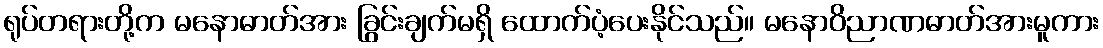
ရုပ်တရားတို့က မနောဓာတ်အား ခြွင်းချက်မရှိ ထောက်ပံ့ပေးနိုင်သည်။ မနောဝိညာဏဓာတ်အားမူကား